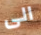
الى